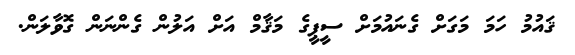
ޤައުމު ހަމަ މަގަށް ގެނައުމަށް ސީޕީގެ މަޤާމް އަށް އަލުން ގެންނަން ގޮވާލަން.